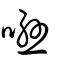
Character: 噝